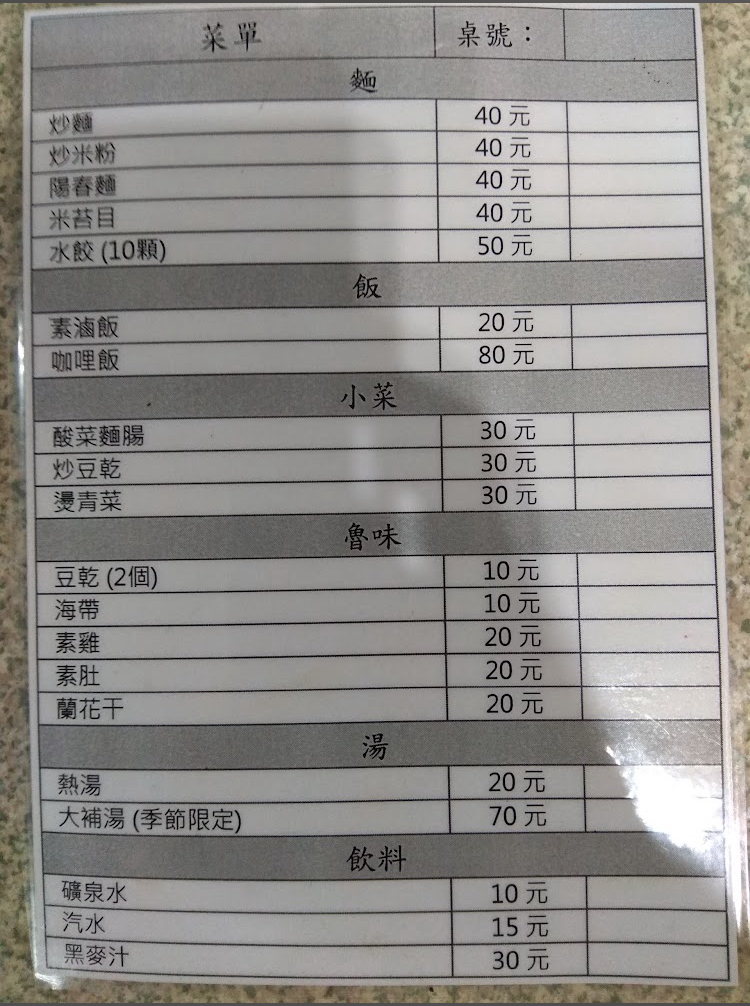
菜單：
name: 炒麵
price: 40
name: 炒米粉
price: 40
name: 陽春麵
price: 40
name: 米苔目
price: 40
name: 水餃(10顆)
price: 50
name: 素滷飯
price: 20
name: 咖哩飯
price: 80
name: 酸菜麵腸
price: 30
name: 炒豆乾
price: 30
name: 燙青菜
price: 30
name: 豆乾(2個)
price: 10
name: 海帶
price: 10
name: 素雞
price: 20
name: 素肚
price: 20
name: 蘭花干
price: 20
name: 熱湯
price: 20
name: 大補湯(季節限定)
price: 70
name: 礦泉水
price: 10
name: 汽水
price: 15
name: 黑麥汁
price: 30